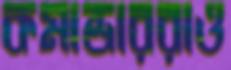
কমান্ডাররাও